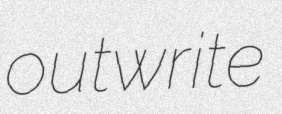
outwrite